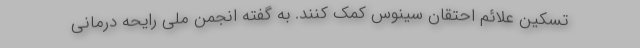
تسکین علائم احتقان سینوس کمک کنند. به گفته انجمن ملی رایحه درمانی